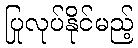
ပြုလုပ်နိုင်မည့်